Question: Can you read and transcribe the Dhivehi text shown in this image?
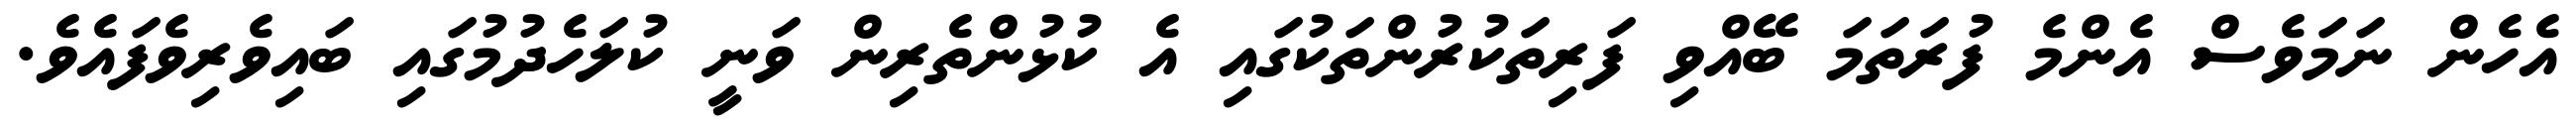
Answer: އެހެން ނަމަވެސް އެންމެ ފުރަތަމަ ބޭއްވި ފަރިތަކުރުންތަކުގައި އެ ކުޅުންތެރިން ވަނީ ކުލަހެދުމުގައި ބައިވެރިވެފައެވެ.